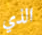
الذي